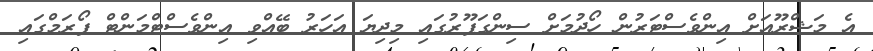
އެ މަޝްރޫއަށް އިންވެސްޓަރުން ހޯދުމަށް ސިންގަޕޫރުގައި މިދިޔަ އަހަރު ބޭއްވި އިންވެސްޓްމަންޓް ފޯރަމްގައި